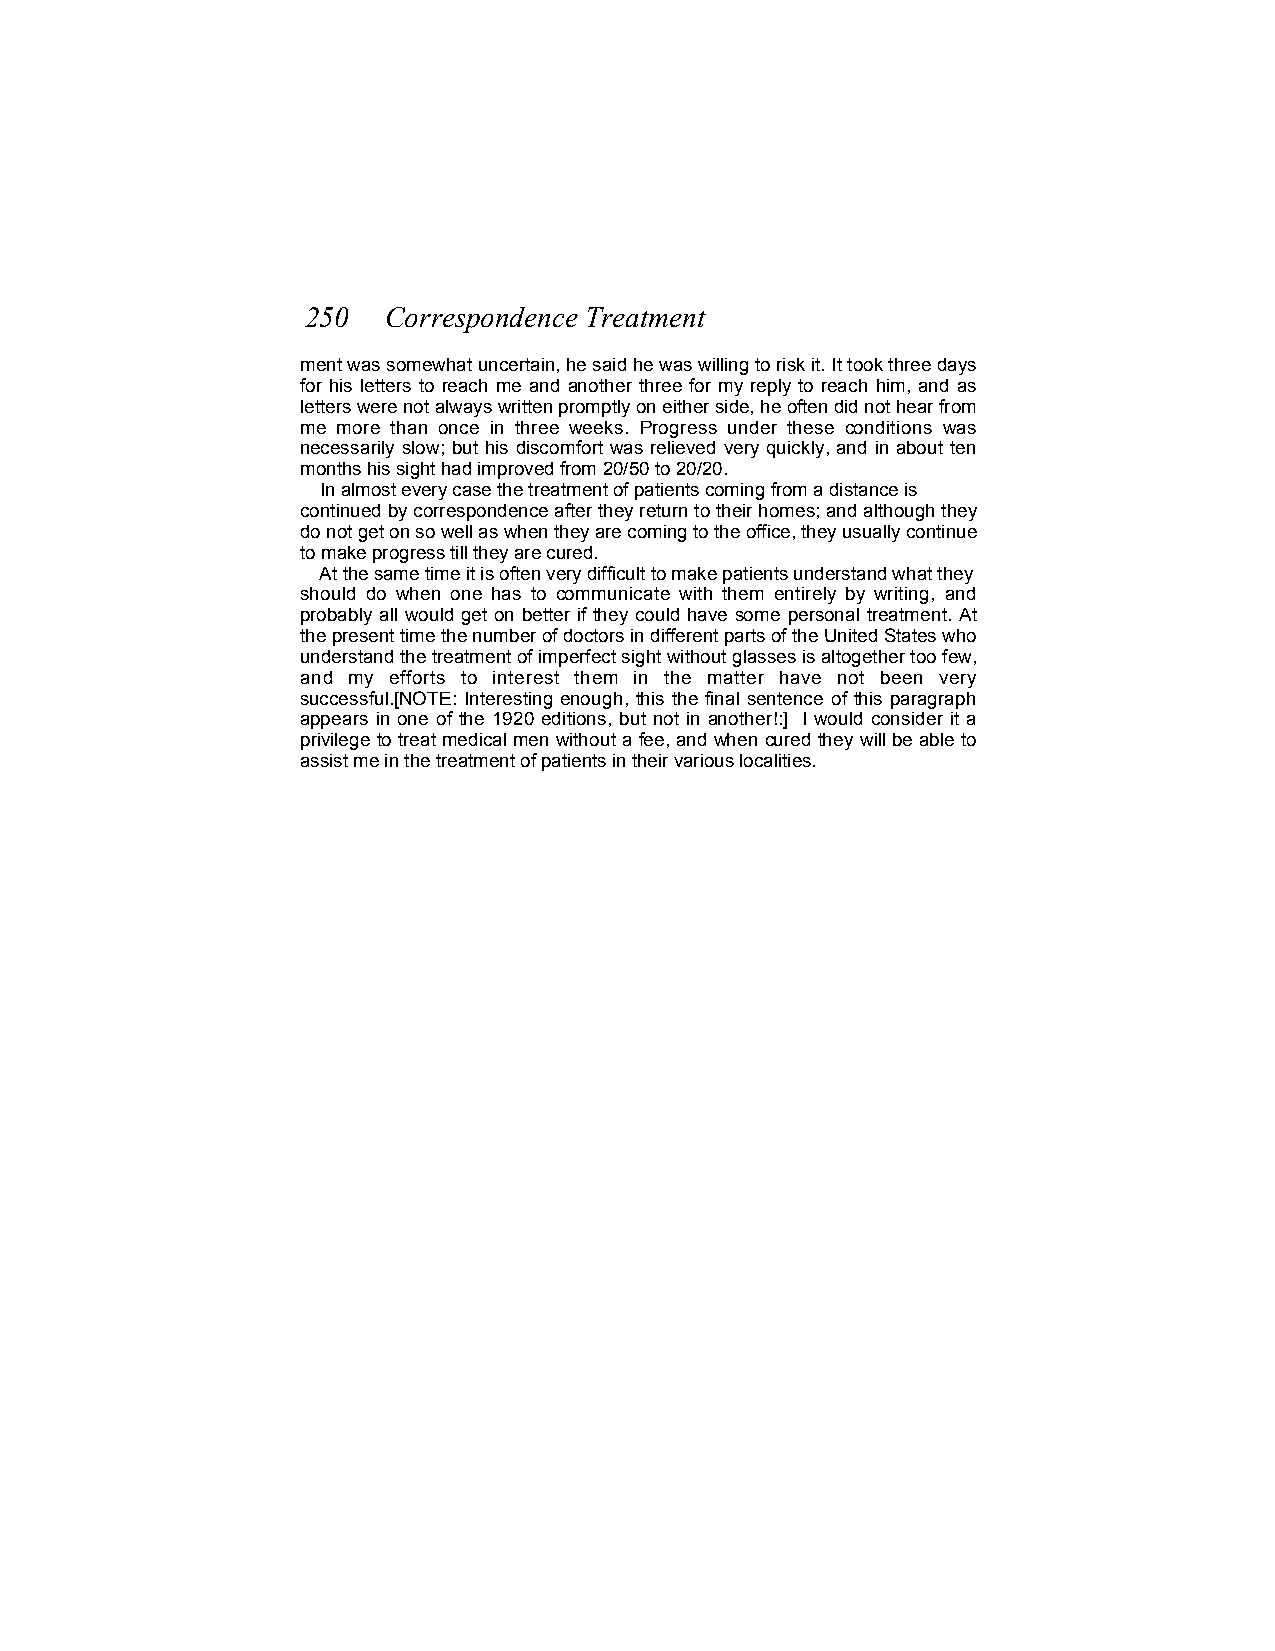
250   Correspondence Treatment
 ment was somewhat uncertain, he said he was willing to risk it. It took three days
 for his letters to reach me and another three for my reply to reach him, and as
 letters were not always written promptly on either side, he often did not hear from
 me more than once in three weeks. Progress under these conditions was
 necessarily slow; but his discomfort was relieved very quickly, and in about ten
 months his sight had improved from 20/50 to 20/20.
 In almost every case the treatment of patients coming from a distance is
 continued by correspondence after they return to their homes; and although they
 do not get on so well as when they are coming to the office, they usually continue
 to make progress till they are cured.
 At the same time it is often very difficult to make patients understand what they
 should do when one has to communicate with them entirely by writing, and
 probably all would get on better if they could have some personal treatment. At
 the present time the number of doctors in different parts of the United States who
 understand the treatment of imperfect sight without glasses is altogether too few,
 and my efforts to interest them in the matter have not been very
 successful.[NOTE: Interesting enough, this the final sentence of this paragraph
 appears in one of the 1920 editions, but not in another!:] I would consider it a
 privilege to treat medical men without a fee, and when cured they will be able to
 assist me in the treatment of patients in their various localities.